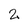
Character: 2